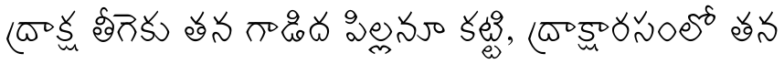
ద్రాక్ష తీగెకు తన గాడిద పిల్లనూ కట్టి, ద్రాక్షారసంలో తన